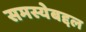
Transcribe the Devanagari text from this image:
समस्येबद्दल